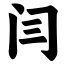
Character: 闫